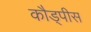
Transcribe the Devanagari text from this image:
कौड्पीस